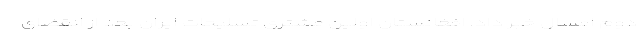
دوم امسال خبر داد. افغانستان اولین مشتری تسلیحات ایران بعد از انقضای